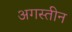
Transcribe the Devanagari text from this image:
अगस्तीन